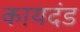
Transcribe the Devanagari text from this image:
कायदंड